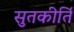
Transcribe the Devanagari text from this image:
सुतकीर्ति